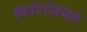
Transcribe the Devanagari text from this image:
फिरिसियन